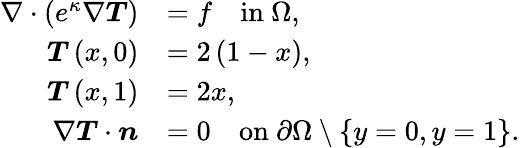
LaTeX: \begin{array}{rl}{\nabla\cdot\left(e^{\kappa}\nabla\boldsymbol{T}\right)}&{=f\quad\mathrm{in~}\Omega,}\\ {\boldsymbol{T}\left(x,0\right)}&{=2\left(1-x\right),}\\ {\boldsymbol{T}\left(x,1\right)}&{=2x,}\\ {\nabla\boldsymbol{T}\cdot\boldsymbol{n}}&{=0\quad\mathrm{on~}\partial\Omega\setminus\left\{ y=0,y=1\right\} .}\end{array}